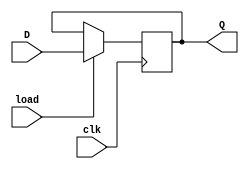
module d_flip_flop (
  input wire clk,
  input wire load,
  input wire D,
  output reg Q
);

always @(posedge clk) begin
  if (load) begin
    Q <= D;
  end
end

endmodule